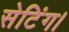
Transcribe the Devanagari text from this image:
सेटिंग।